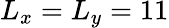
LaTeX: L_{x}=L_{y}=11